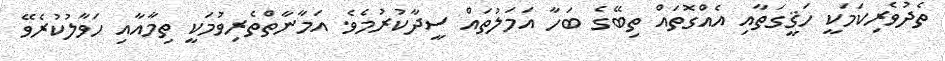
ތެދުވެރިކަމަކީ ހަޤީގަތާއި އެއްގޮތައް ތިބޭގެ ބަހާ އަމަލުތައް ސީދާކުރުމެވެ. އަމާނާތްތެރިވުމަކީ ތިމާއާއި ހަވާލުކުރެވޭ